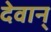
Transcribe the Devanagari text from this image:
देवान्